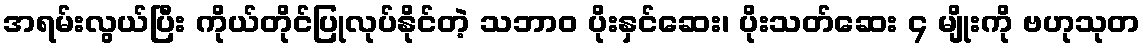
အရမ်းလွယ်ပြီး ကိုယ်တိုင်ပြုလုပ်နိုင်တဲ့ သဘာဝ ပိုးနှင်ဆေး၊ ပိုးသတ်ဆေး ၄ မျိုးကို ဗဟုသုတ